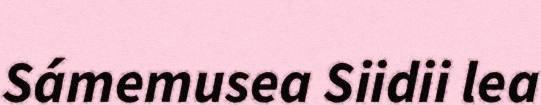
Sámemusea Siidii lea